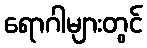
ရောဂါများတွင်